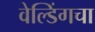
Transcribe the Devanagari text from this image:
वेल्डिंगचा